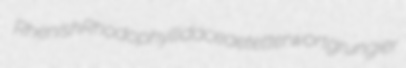
Rhenish Rhodophyllidaceae tetterwort grungier